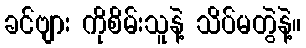
ခင်ဗျား ကိုစိမ်းသူနဲ့ သိပ်မတွဲနဲ့။